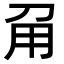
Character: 𤰄